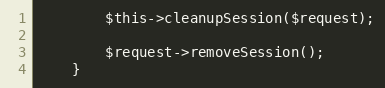
Language: PHP
        $this->cleanupSession($request);

        $request->removeSession();
    }